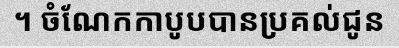
។ ចំណែកកាបូបបានប្រគល់ជូន